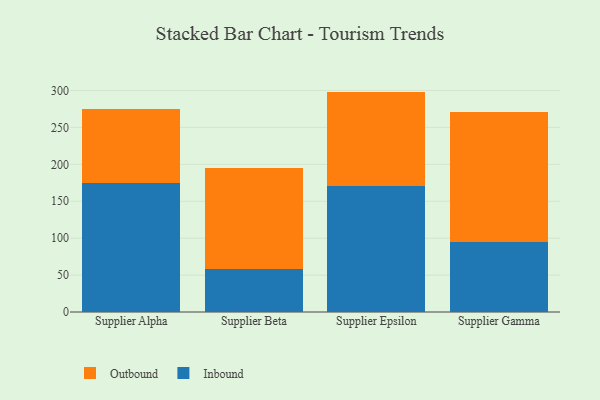
{"axis": {"x": "Supplier", "y": "Revenue (USD Million)"}, "legend": ["Inbound", "Outbound"], "data": [{"x": "Supplier Alpha", "y": 175.1, "type": "Inbound"}, {"x": "Supplier Alpha", "y": 100.0, "type": "Outbound"}, {"x": "Supplier Beta", "y": 57.8, "type": "Inbound"}, {"x": "Supplier Beta", "y": 137.3, "type": "Outbound"}, {"x": "Supplier Epsilon", "y": 170.1, "type": "Inbound"}, {"x": "Supplier Epsilon", "y": 128.4, "type": "Outbound"}, {"x": "Supplier Gamma", "y": 95.2, "type": "Inbound"}, {"x": "Supplier Gamma", "y": 175.7, "type": "Outbound"}]}